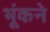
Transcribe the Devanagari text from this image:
भूंकने